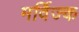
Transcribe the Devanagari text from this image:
मर्विज्क